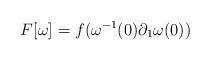
LaTeX: \begin{align*}F[\omega]=f(\omega^{-1}(0)\partial_1\omega(0))\end{align*}